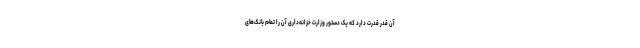
آن قدر قدرت دارد که یک دستور وزارت خزانه‌داری آن را تمام بانک‌های